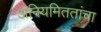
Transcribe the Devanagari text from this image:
अनियमिततांचा